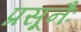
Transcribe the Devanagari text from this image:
प्रसूनैः